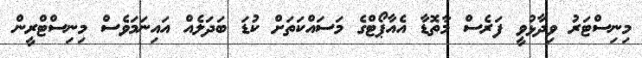
މިނިސްޓަރު ވިދާޅުވީ ފަރެސް މާތޮޑާ އެއާޕޯޓްގެ މަސައްކަތަށް ކުޑަ ބަދަލެއް އައިނަމަވެސް މިިނިސްޓްރީން